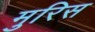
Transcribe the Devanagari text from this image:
मुरिस